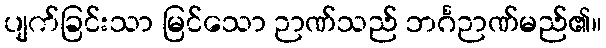
ပျက်ခြင်းသာ မြင်သော ဉာဏ်သည် ဘင်္ဂဉာဏ်မည်၏။